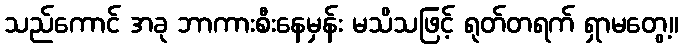
သည်ကောင် အခု ဘာကားစီးနေမှန်း မသိသဖြင့် ရုတ်တရက် ရှာမတွေ့။